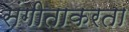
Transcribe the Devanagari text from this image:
संगीताकरता